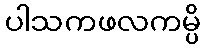
ပါသကဖလကမ္ပိ